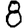
Digit: 8